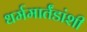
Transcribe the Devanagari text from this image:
धर्ममार्तंडांशी